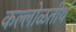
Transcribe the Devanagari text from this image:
कल्लोळतीर्थ